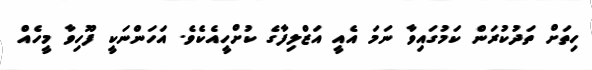
ހިތަށް ތަދުކުރަން ކަމުގައިވާ ނަމަ އެއީ އަޒްލިފާގެ ކުށްހީއެކެވެ. އަހަންނަކީ ފޫހިވާ މީހެއް